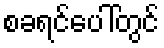
စခရင်ပေါ်တွင်